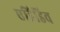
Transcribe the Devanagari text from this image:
एडिडिव